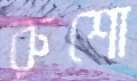
রুশো